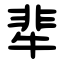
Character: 㹃